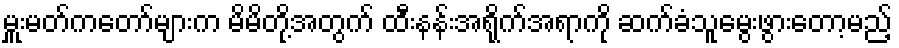
မှူးမတ်ကတော်များက မိမိတို့အတွက် ထီးနန်းအရိုက်အရာကို ဆက်ခံသူမွေးဖွားတော့မည့်